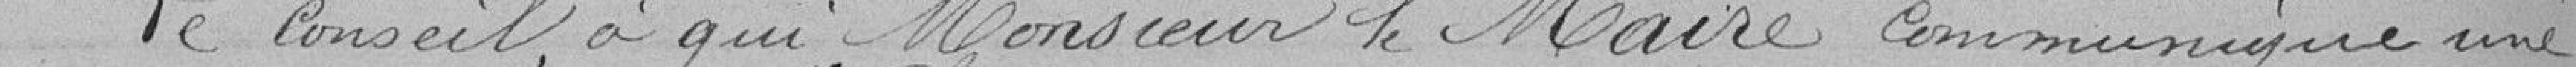
Le Conseil a qui Monsieur le Maire communique une